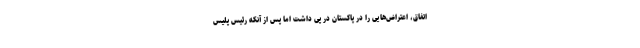
اتفاق، اعتراض‌هایی را در پاکستان در پی داشت اما پس از آنکه رئیس پلیس